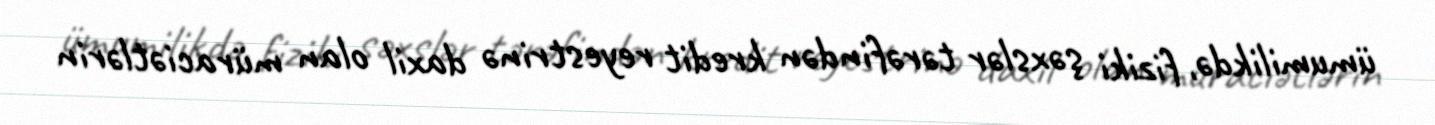
ümumilikdə, fiziki şəxslər tərəfindən kredit reyestrinə daxil olan müraciətlərin